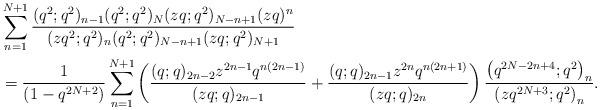
LaTeX: \begin{align*}&\sum_{n=1}^{N+1}\frac{ (q^2;q^2)_{n-1}(q^2;q^2)_N(zq;q^2)_{N-n+1}(zq)^{n}}{(zq^2;q^2)_{n}(q^2;q^2)_{N-n+1}(zq;q^2)_{N+1}}\\&=\frac{1}{(1-q^{2N+2})}\sum_{n=1}^{N+1}\left(\frac{(q;q)_{2n-2}z^{2n-1}q^{n(2n-1)}}{(zq;q)_{2n-1}}+\frac{(q;q)_{2n-1}z^{2n}q^{n(2n+1)}}{(zq;q)_{2n}}\right)\frac{\left(q^{2N-2n+4};q^2\right)_n}{\left(zq^{2N+3};q^2\right)_n}.\end{align*}